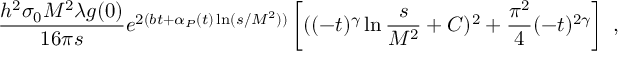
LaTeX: \frac { h ^ { 2 } \sigma _ { 0 } M ^ { 2 } \lambda g ( 0 ) } { 1 6 \pi s } e ^ { 2 ( b t + \alpha _ { P } ( t ) \ln ( s / M ^ { 2 } ) ) } \left[ ( ( - t ) ^ { \gamma } \ln \frac { s } { M ^ { 2 } } + C ) ^ { 2 } + \frac { \pi ^ { 2 } } { 4 } ( - t ) ^ { 2 \gamma } \right] ~ ,